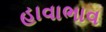
હાવાભાવ